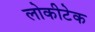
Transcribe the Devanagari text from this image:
लोकीटेक